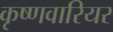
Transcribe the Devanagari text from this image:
कृष्णवारियर